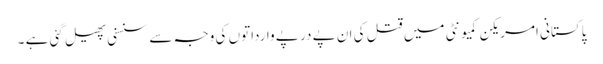
پاکستانی امریکن کمیونٹی میں قتل کی ان پے در پے وارداتوں کی وجہ سے سنسنی پھیل گئی ہے ۔